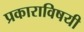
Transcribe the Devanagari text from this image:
प्रकाराविषयी